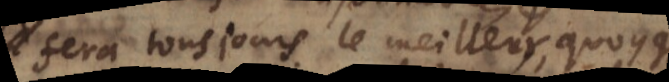
fera tousjours le meilleur, quoyque